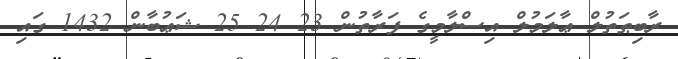
ރާބިޠަތުލް ޢާލަމުލް އިސްލާމީގެ ފަރާތުން 23 24 25 ޝަޢުބާން 1432 ގައި